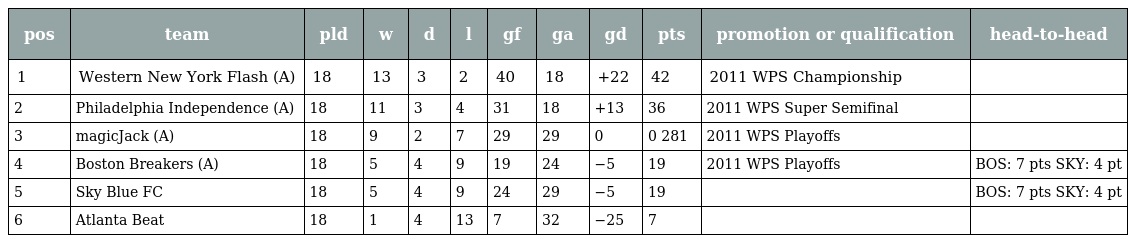
| pos | team | pld | w | d | l | gf | ga | gd | pts | promotion or qualification | head-to-head |
 | --- | --- | --- | --- | --- | --- | --- | --- | --- | --- | --- | --- |
 | 1 | Western New York Flash (A) | 18 | 13 | 3 | 2 | 40 | 18 | +22 | 42 | 2011 WPS Championship |  |
 | 2 | Philadelphia Independence (A) | 18 | 11 | 3 | 4 | 31 | 18 | +13 | 36 | 2011 WPS Super Semifinal |  |
 | 3 | magicJack (A) | 18 | 9 | 2 | 7 | 29 | 29 | 0 | 0 281 | 2011 WPS Playoffs |  |
 | 4 | Boston Breakers (A) | 18 | 5 | 4 | 9 | 19 | 24 | −5 | 19 | 2011 WPS Playoffs | BOS: 7 pts SKY: 4 pt |
 | 5 | Sky Blue FC | 18 | 5 | 4 | 9 | 24 | 29 | −5 | 19 |  | BOS: 7 pts SKY: 4 pt |
 | 6 | Atlanta Beat | 18 | 1 | 4 | 13 | 7 | 32 | −25 | 7 |  |  |